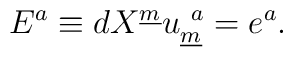
E^a \equiv dX^{\underline{m}} u_{\underline{m}}^{~a}  = e^{a} .